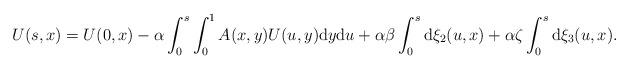
LaTeX: \begin{align*} U(s,x)=U(0,x)-\alpha\int_0^s \int_0^1 A(x,y)U(u,y)\mathrm{d}y \mathrm{d}u+ \alpha \beta\int_0^s \mathrm{d}\xi_2(u,x)+\alpha \zeta \int_0^s \mathrm{d}\xi_3(u,x).\end{align*}